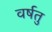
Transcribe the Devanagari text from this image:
वर्षतु